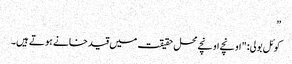
”
کوئل بولی: "اونچے اونچے محل حقیقت میں قید خانے ہوتے ہیں۔